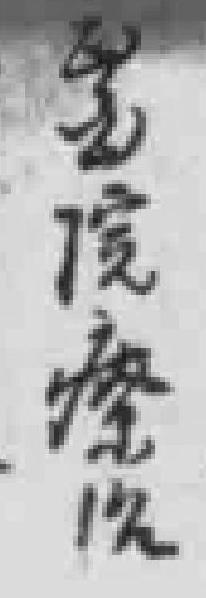
*院療治